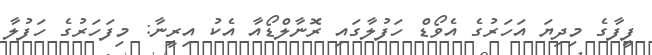
ފީފާގެ މިދިޔަ އަހަރުގެ އެވޯޑް ހަފުލާގައި ރޮނާލްޑޯއާ އެކު އިރީނާ: މިފަހަރުގެ ހަފުލާ